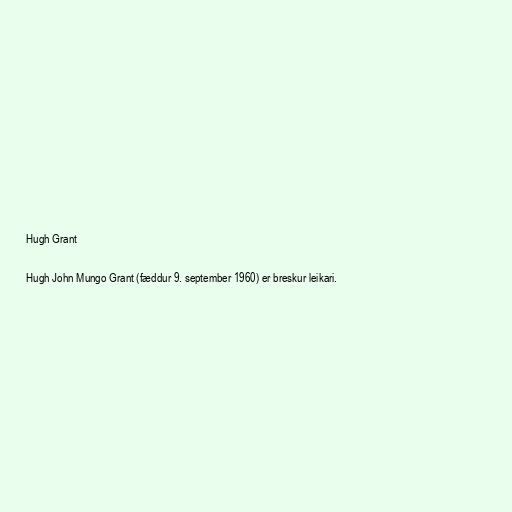
Hugh Grant

Hugh John Mungo Grant (fæddur 9. september 1960) er breskur leikari.